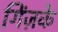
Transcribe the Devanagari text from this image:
गिंज़के